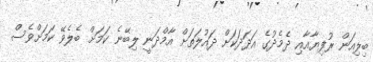
ބިލިއަން ރުފިޔާއާއި ދެމެދުގެ އަދަދަކަށް ދައުލަތަށް އާމްދަނީ ލިބޭނެ ކަމަށް ބެލެވޭ ކަމަށްވެސް